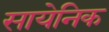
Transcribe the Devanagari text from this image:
सायेनिक